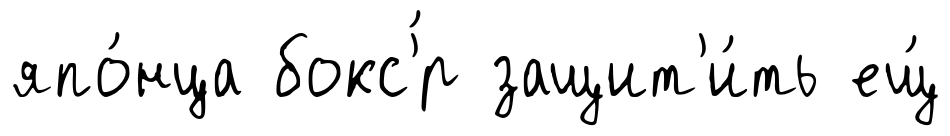
япо́нца бокс'́р защит'и́ть ещ́